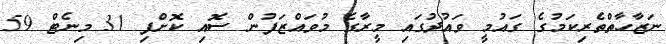
ނަޒާހާތްތެރިކަމުގެ ގައުމީ ވައުދުގައި މީރާގެ މުވައްޒަފުން ސޮއި ކޮށްފި 31 މިނެޓް 59